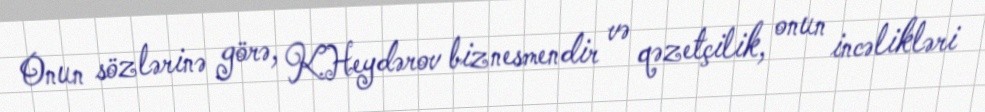
Onun sözlərinə görə, K.Heydərov biznesmendir və qəzetçilik, onun incəlikləri